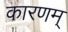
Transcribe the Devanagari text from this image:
कारणम्